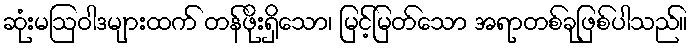
ဆုံးမဩဝါဒများထက် တန်ဖိုးရှိသော၊ မြင့်မြတ်သော အရာတစ်ခုဖြစ်ပါသည်။